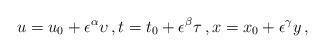
LaTeX: \begin{align*} u= u_0 +\epsilon^\alpha {\upsilon}\, , t= t_0 +\epsilon^\beta {\tau}\, , x= x_0 +\epsilon^\gamma {{y}}\, ,\end{align*}